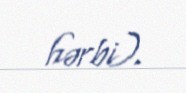
hərbi).